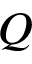
Q